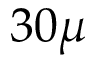
3 0 \mu